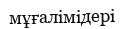
мұғалімідері